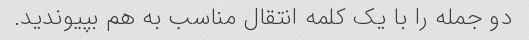
دو جمله را با یک کلمه انتقال مناسب به هم بپیوندید.